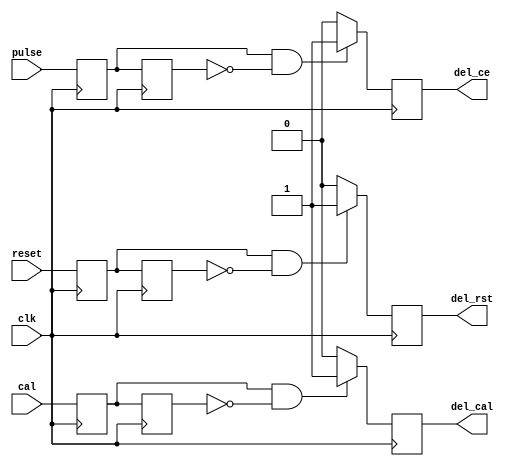
`timescale 1ns / 1ps
//////////////////////////////////////////////////////////////////////////////////
// Company: 
// Engineer: 
// 
// Design Name: 
// Module Name:    iodelaypulse 
// Project Name: 
// Target Devices: 
// Tool versions: 
// Description: 
//
// Dependencies: 
//
// Revision: 
// Revision 0.01 - File Created
// Additional Comments: 
//
//////////////////////////////////////////////////////////////////////////////////
module iodelaypulse(
		input clk,
		input reset,
		input pulse,
		input cal,
		output reg del_ce,
		output reg del_rst,
		output reg del_cal
   );

	reg reset_d = 0;
	reg reset_dd = 0;
	reg ce_d = 0;
	reg ce_dd = 0;
	reg cal_d = 0;
	reg cal_dd = 0;

	always @ (posedge clk) begin
		del_cal <= 0;
		del_rst <= 0;
		del_ce <= 0;
		reset_d <= reset;
		reset_dd <= reset_d;
		ce_d <= pulse;
		ce_dd <= ce_d;
		cal_d <= cal;
		cal_dd <= cal_d;
		if (cal_d & (!cal_dd)) begin
			del_cal <= 1'b1;
		end 
		if (reset_d & (!reset_dd)) begin
			del_rst <= 1'b1;
		end 
		if (ce_d & (!ce_dd)) begin
			del_ce <= 1'b1;
		end
	end

endmodule